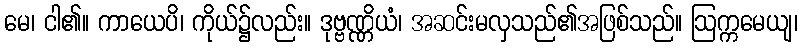
မေ၊ ငါ၏။ ကာယေပိ၊ ကိုယ်၌လည်း။ ဒုဗ္ဗဏ္ဏိယံ၊ အဆင်းမလှသည်၏အဖြစ်သည်။ ဩက္ကမေယျ၊